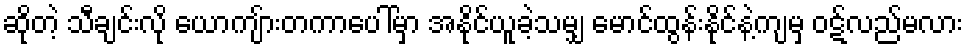
ဆိုတဲ့ သီချင်းလို ယောကျ်ားတကာပေါ်မှာ အနိုင်ယူခဲ့သမျှ မောင်ထွန်းနိုင်နဲ့ကျမှ ဝဋ်လည်မလား